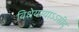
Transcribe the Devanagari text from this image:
विधेयस्याऽऽसीद्